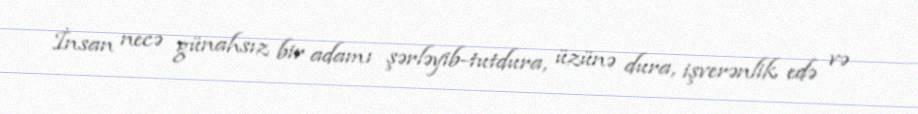
İnsan necə günahsız bir adamı şərləyib-tutdura, üzünə dura, işverənlik edə və